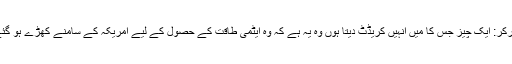
مارکر: ایک چیز جس کا میں انہیں کریڈٹ دیتا ہوں وہ یہ ہے کہ وہ ایٹمی طاقت کے حصول کے لیے امریکہ کے سامنے کھڑے ہو گئے۔